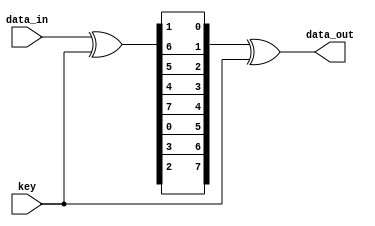
`timescale 1ns / 1ps
//////////////////////////////////////////////////////////////////////////////////
// Company: 
// Engineer: 
// 
// Design Name: 
// Module Name: XSP_DECRYPTION
// Project Name: 
// Target Devices: 
// Tool Versions: 
// Description: 
// 
// Dependencies: 
// 
// Revision:
// Revision 0.01 - File Created
// Additional Comments:
// 
//////////////////////////////////////////////////////////////////////////////////


module XSP_DECRYPTION(
    input [7:0] data_in,
    input [7:0] key,
    output [7:0] data_out
);
    // Final XOR Operation
    wire [7:0] xor_result1;
    assign xor_result1 = data_in ^ key;

    // Reverse Permutation Operation
    wire [7:0] permuted_result;
    assign permuted_result[7] = xor_result1[7];
    assign permuted_result[6] = xor_result1[4]; // Swap back 5th and 7th bits
    assign permuted_result[5] = xor_result1[5];
    assign permuted_result[4] = xor_result1[6];
    assign permuted_result[3] = xor_result1[1]; // Swap back 2nd and 4th bits
    assign permuted_result[2] = xor_result1[2];
    assign permuted_result[1] = xor_result1[3];
    assign permuted_result[0] = xor_result1[0];

    // Reverse Shift Operation (Circular right shift by 3)
    
    wire [7:0] shift_result;
    assign shift_result = {permuted_result[2:0], permuted_result[7:3]};
    

    // Initial XOR Operation
    assign data_out = shift_result ^ key;

endmodule